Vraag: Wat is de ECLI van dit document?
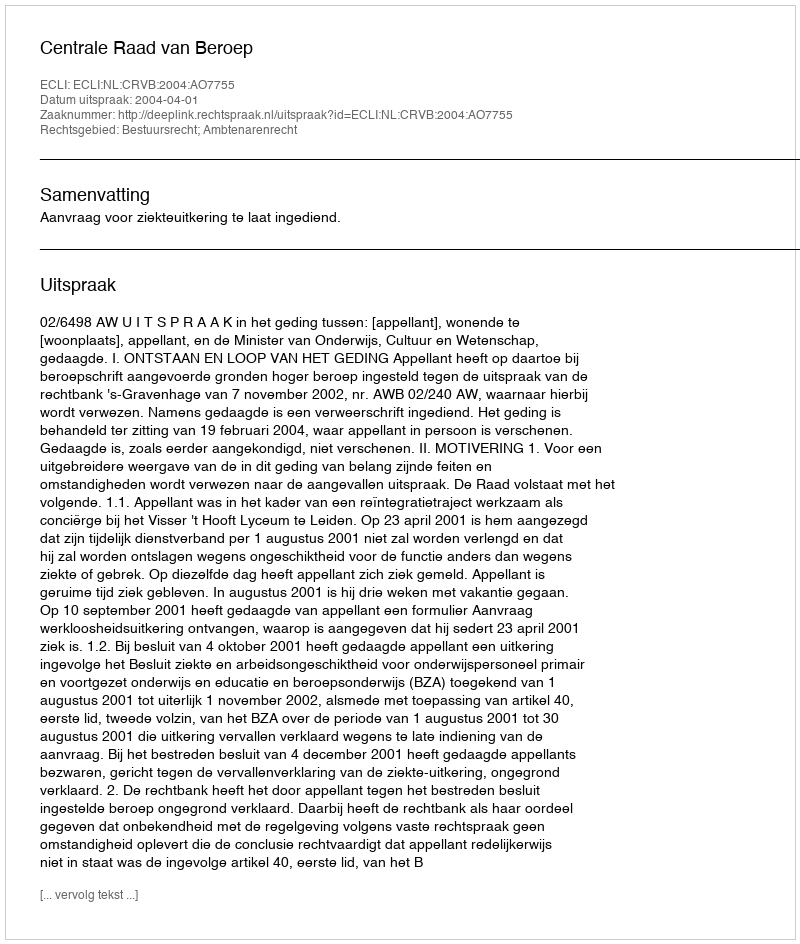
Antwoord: ECLI:NL:CRVB:2004:AO7755